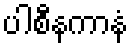
ပါစီနကာနံ